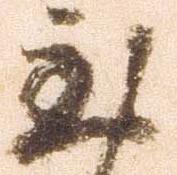
至